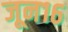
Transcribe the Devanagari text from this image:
जून१६